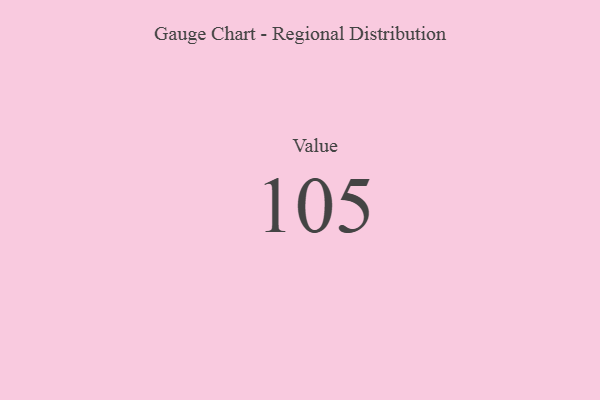
{"axis": {"x": "Metric", "y": "Value"}, "legend": [""], "data": [{"x": "Value", "y": 105, "type": ""}]}